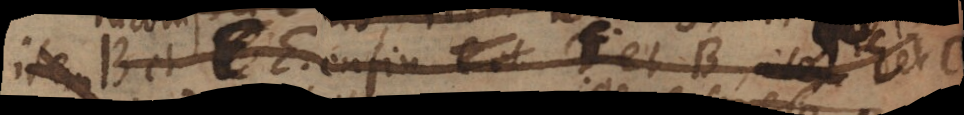
B et E enfin C et F et B, E et C.